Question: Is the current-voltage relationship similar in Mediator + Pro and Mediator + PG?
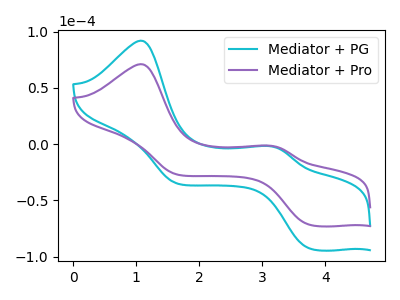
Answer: <think>The cyan curve "Mediator + PG" has anodic peaks at (1.05V, 91.90uA) (3.10V, -1.80uA) and cathodic peaks at (3.75V, -92.60uA) (1.65V, -34.90uA). The purple curve "Mediator + Pro" has anodic peaks at (1.05V, 71.00uA) (3.10V, -1.40uA) and cathodic peaks at (3.75V, -71.55uA) (1.65V, -26.95uA).
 All the peaks in "Mediator + Pro" have a peak in "Mediator + PG" at the same potential.</think>
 <answer>"Mediator + Pro" and "Mediator + PG" are similar in shape.</answer>
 <eval>same_shape</eval>